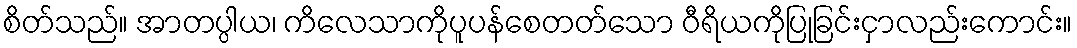
စိတ်သည်။ အာတပ္ပါယ၊ ကိလေသာကိုပူပန်စေတတ်သော ဝီရိယကိုပြုခြင်းငှာလည်းကောင်း။